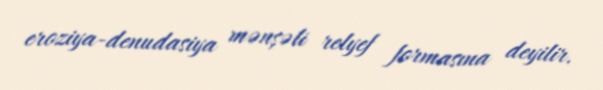
eroziya-denudasiya mənşəli relyef formasına deyilir.